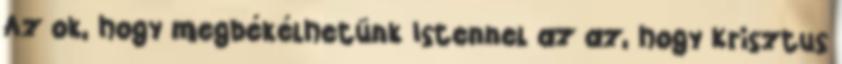
Az ok, hogy megbékélhetünk Istennel az az, hogy Krisztus